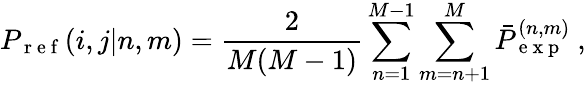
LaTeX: P_{\mathrm{~r~e~f~}}(i,j|n,m)=\frac{2}{M(M-1)}\sum_{n=1}^{M-1}\sum_{m=n+1}^{M}\bar{P}_{\mathrm{~e~x~p~}}^{(n,m)}~,